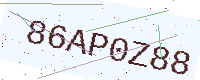
Text: 86AP0Z88